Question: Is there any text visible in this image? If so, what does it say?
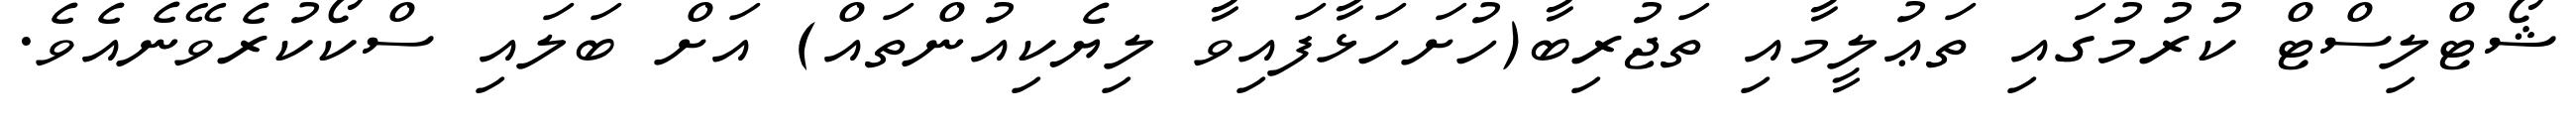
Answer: ޝޯޓްލިސްޓް ކުރުމުގައި ތަޢުލީމާއި ތަޖުރިބާ(ހުށަހަޅާފައިވާ ލިޔެކިއުންތައް) އަށް ބަލައި ސްކޯކުރެވޭނެއެވެ.